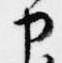
カ